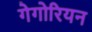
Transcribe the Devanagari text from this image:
गेगोरियन